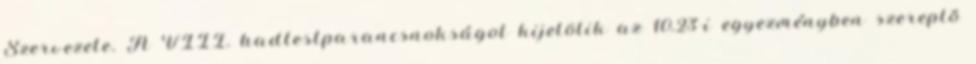
Szervezete. A VIII. hadtestparancsnokságot kijelölik az 10.23-i egyezményben szereplõ